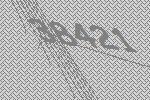
38421